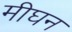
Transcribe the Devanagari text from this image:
मीघन